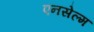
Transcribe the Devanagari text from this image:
एनसेल्म